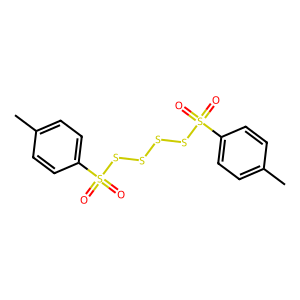
SMILES: Cc1ccc(S(=O)(=O)SSSSS(=O)(=O)c2ccc(C)cc2)cc1
Inhibits HIV replication: No